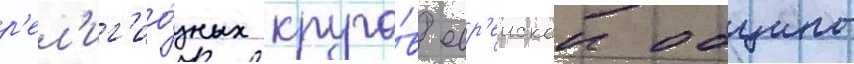
р'ел'иг'ио́зных круго́в евр'еискои общины